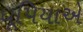
ધૂપિયાએ